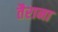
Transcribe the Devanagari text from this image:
तैराना